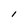
Character: I